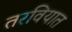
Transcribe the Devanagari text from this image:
तरवियात